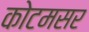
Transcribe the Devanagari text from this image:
कोटमसर